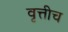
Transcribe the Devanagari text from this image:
वृत्तीच